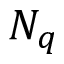
N _ { q }